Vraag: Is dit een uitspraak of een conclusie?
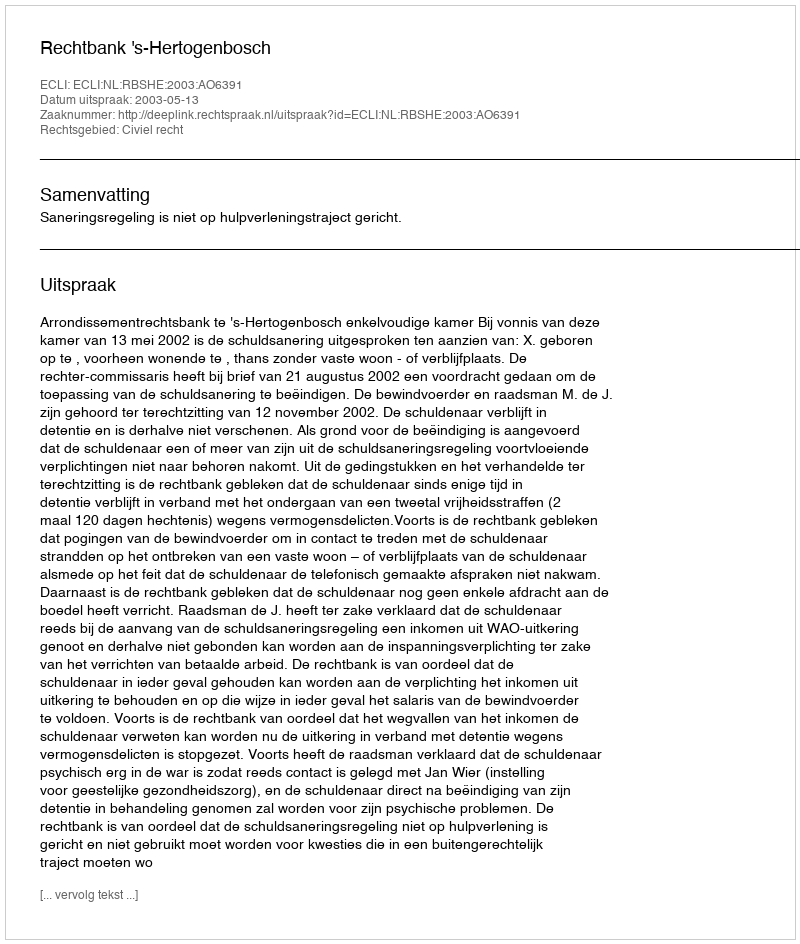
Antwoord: Uitspraak